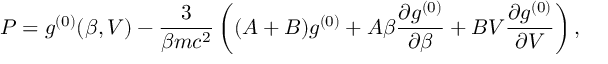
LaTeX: P = g ^ { ( 0 ) } ( \beta , V ) - \frac 3 { \beta m c ^ { 2 } } \left( ( A + B ) g ^ { ( 0 ) } + A \beta \frac { \partial g ^ { ( 0 ) } } { \partial \beta } + B V \frac { \partial g ^ { ( 0 ) } } { \partial V } \right) ,